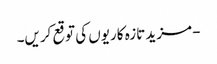
- مزید تازہ کاریوں کی توقع کریں۔